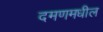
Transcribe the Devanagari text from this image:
दमणमधील